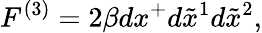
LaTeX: F^{(3)}=2\beta dx^{+}d\tilde{x}^{1}d\tilde{x}^{2},